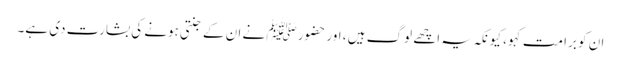
ان کو برا مت کہو، کیونکہ یہ اچھے لوگ ہیں ، اور حضور ﷺ نے ان کے جنتی ہونے کی بشارت دی ہے۔